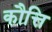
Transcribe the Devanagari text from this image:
कौत्ति